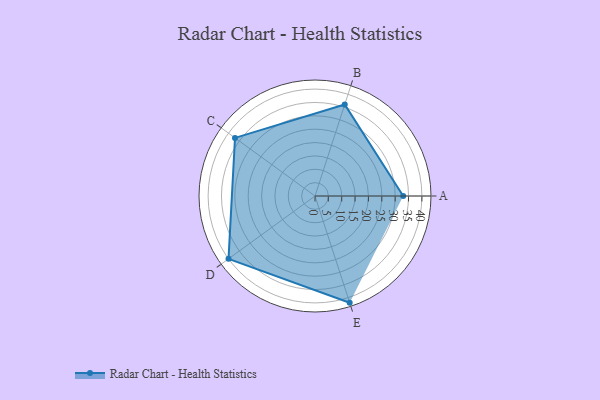
{"axis": {"x": "Skill", "y": "Score"}, "legend": ["Profile"], "data": [{"x": "A", "y": 33.0, "type": "Profile"}, {"x": "B", "y": 36.0, "type": "Profile"}, {"x": "C", "y": 37.0, "type": "Profile"}, {"x": "D", "y": 40.0, "type": "Profile"}, {"x": "E", "y": 42.0, "type": "Profile"}]}